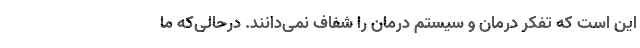
این است که تفکر درمان و سیستم درمان را شفاف نمی‌دانند. درحالی‌که ما